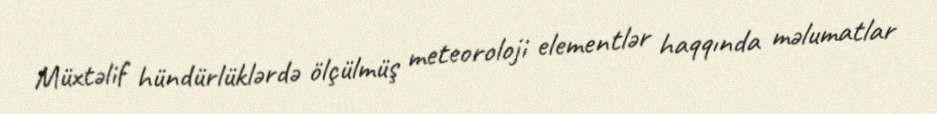
Müxtəlif hündürlüklərdə ölçülmüş meteoroloji elementlər haqqında məlumatlar